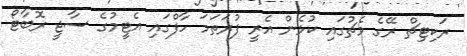
ރަކިޓިޗް ރޭގެ މެޗުގައި ކުޅެން އެރީ ފުރަތަމަ ހާފްގައި އެޓީމުގެ ސާޖީ ރޮބާޓޯ